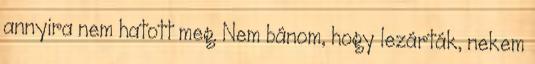
annyira nem hatott meg. Nem bánom, hogy lezárták, nekem